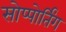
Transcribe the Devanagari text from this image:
सोप्पोर्तिंग